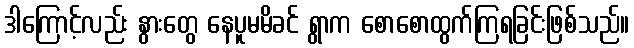
ဒါကြောင့်လည်း နွားတွေ နေပူမမိခင် ရွာက စောစောထွက်ကြရခြင်းဖြစ်သည်။